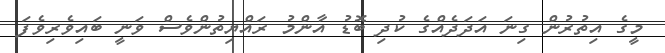
މީގެ އިތުރުން ގިނަ އަދަދެއްގެ ކުދި ބޮޑު އާންމު ރައްޔިތުންވެސް ވަނީ ބައިވެރިވެފަ